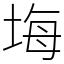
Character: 㙁